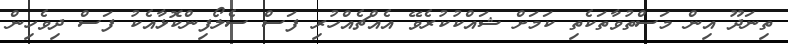
ތިނަދޫ އިން މަސްތުވާތަކެތި ކަމަށް ޝައްކުކުރެވޭ އެއްޗެއްހުރި ފަސް ސެލޯފިންކޮޅާއެކު ފަސް ދިވެހިން